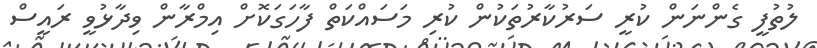
ލުތުފީ ގެންނަން ކުރީ ސަރުކާރުތަކުން ކުރި މަސައްކަތް ފާހަގަކޮށް އިމްރާން ވިދާޅުވީ ރައީސް